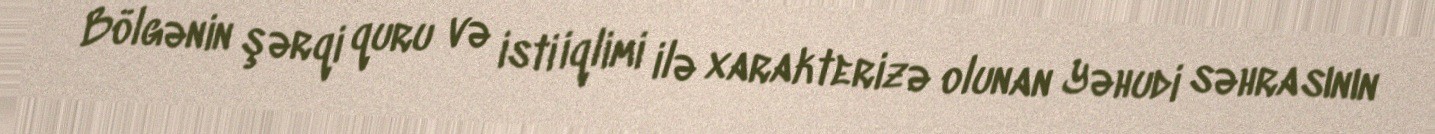
Bölgənin şərqi quru və isti iqlimi ilə xarakterizə olunan Yəhudi səhrasının